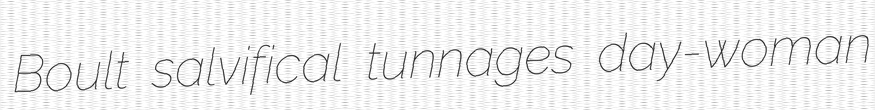
Boult salvifical tunnages day-woman